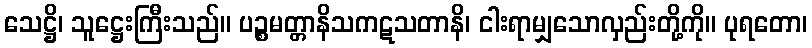
သေဋ္ဌိ၊ သူဋ္ဌေးကြီးသည်။ ပဉ္စမတ္တာနိသကဋသတာနိ၊ ငါးရာမျှသောလှည်းတို့ကို။ ပုရတော၊